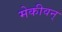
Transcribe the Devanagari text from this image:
मेकीवन्